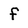
Character: f